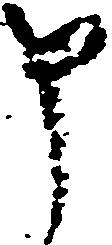
申